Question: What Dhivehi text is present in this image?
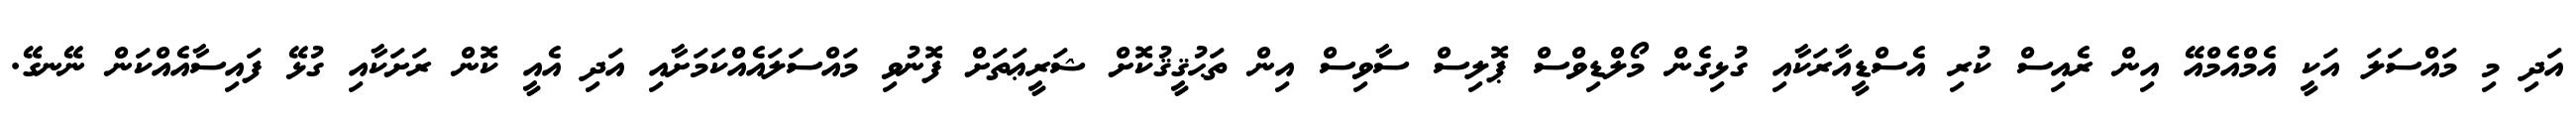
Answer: އަދި މި މައްސަލަ އަކީ އެމްއެމްއޭ އިން ރެއިސް ކުރި އެސްޑީއާރަކާއި ގުޅިގެން މޯލްޑިވްސް ޕޮލިސް ސާވިސް އިން ތަޙުޤީޤުކޮށް ޝަރީޢަތަށް ފޮނުވި މައްސަލައެއްކަމަށާއި އަދި އެއީ ކޮން ރަށަކާއި ގުޅޭ ފައިސާއެއްކަން ނޭނގޭ.